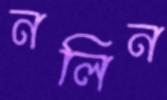
নলিন